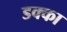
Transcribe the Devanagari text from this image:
डक्का